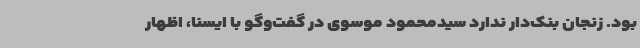
بود. زنجان بنک‌دار ندارد سیدمحمود موسوی در گفت‌وگو با ایسنا، اظهار